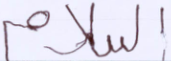
السلام